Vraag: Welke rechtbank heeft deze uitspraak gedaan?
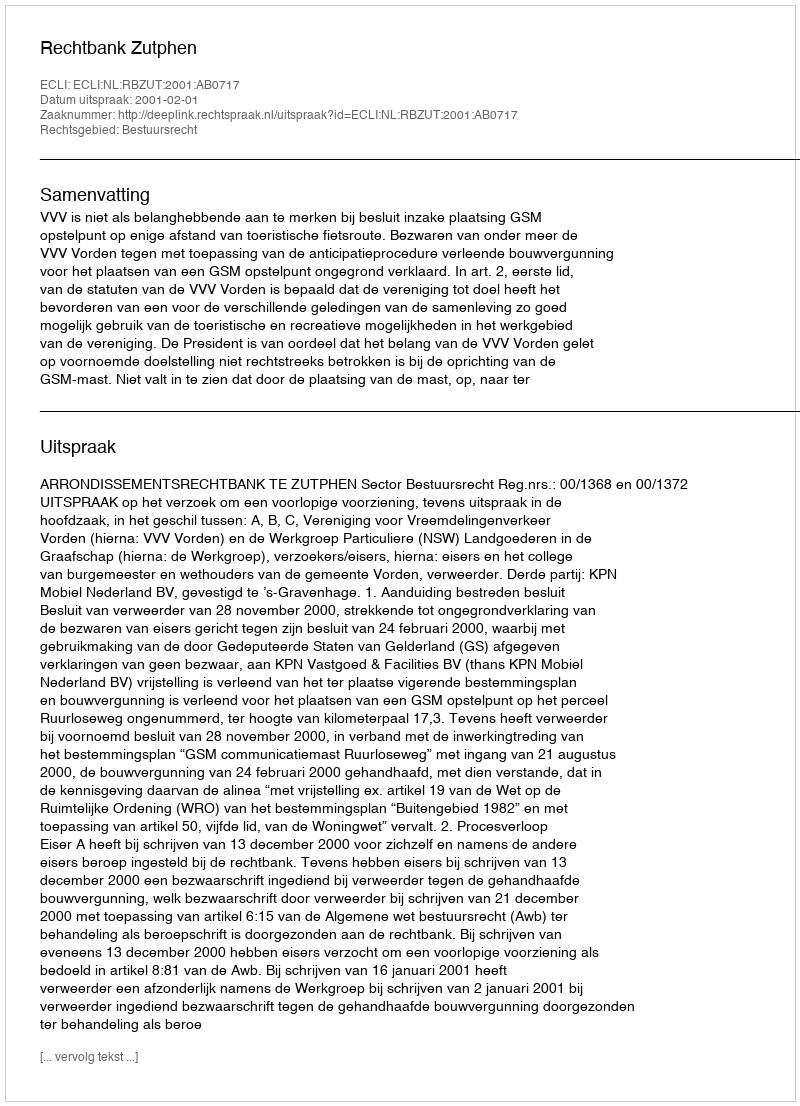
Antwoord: Rechtbank Zutphen